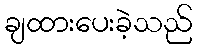
ချထားပေးခဲ့သည်